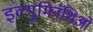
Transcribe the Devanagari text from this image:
इल्युमिनॅशिओ